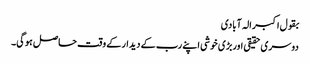
بقول اکبر الہ آبادی
دوسری حقیقی اوربڑی خوشی اپنے رب کے دیدار کے وقت حاصل ہوگی۔